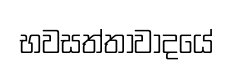
භවසත්තාවාදයේ